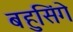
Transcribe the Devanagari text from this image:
बहुसिंगे